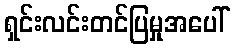
ရှင်းလင်းတင်ပြမှုအပေါ်